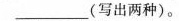
______(写出两种)。